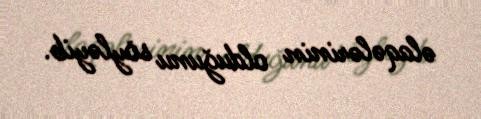
əlaqələrinin olduğunu söyləyib.